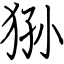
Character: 狲